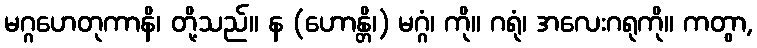
မဂ္ဂဟေတုကာနိ၊ တို့သည်။ န (ဟောန္တိ၊) မဂ္ဂံ၊ ကို။ ဂရုံ၊ အလေးဂရုကို။ ကတွာ,